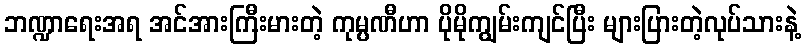
ဘဏ္ဍာရေးအရ အင်အားကြီးမားတဲ့ ကုမ္ပဏီဟာ ပိုမိုကျွမ်းကျင်ပြီး များပြားတဲ့လုပ်သားနဲ့